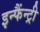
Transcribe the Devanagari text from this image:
इन्फैंन्ट्री